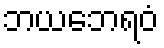
ဘယဘေရဝံ